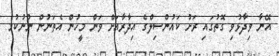
އޭނާ ވިދާޅުވި ގޮތުގައި ރަށު ކައުންސިލްގެ އިދާރާއަށް ވަން މީހުން އެތަނުން ނުނުކުމެ